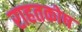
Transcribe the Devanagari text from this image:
राहतकोष